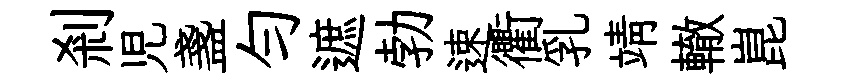
剎児盞匀遮勃速衢乳靖轍崑